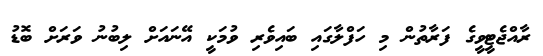
ރާއްޖެޓީވީގެ ފަރާތުން މި ހަފްލާގައި ބައިވެރި ވުމަކީ އޭނައަށް ލިބުނު ވަރަށް ބޮޑު